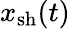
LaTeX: x_{\mathrm{sh}}(t)